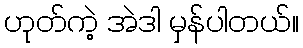
ဟုတ်ကဲ့ အဲဒါ မှန်ပါတယ်။